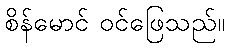
စိန်မောင် ဝင်ဖြေသည်။